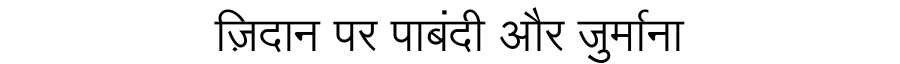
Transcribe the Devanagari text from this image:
ज़िदान पर पाबंदी और जुर्माना